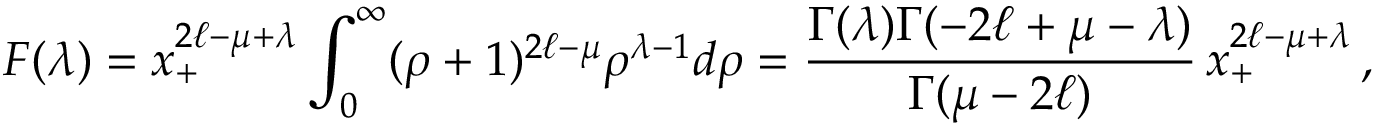
F ( \lambda ) = x _ { + } ^ { 2 \ell - \mu + \lambda } \int _ { 0 } ^ { \infty } ( \rho + 1 ) ^ { 2 \ell - \mu } \rho ^ { \lambda - 1 } d \rho = \frac { \Gamma ( \lambda ) \Gamma ( - 2 \ell + \mu - \lambda ) } { \Gamma ( \mu - 2 \ell ) } \, x _ { + } ^ { 2 \ell - \mu + \lambda } \, ,